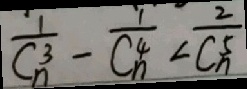
\frac { 1 } { C _ { n } ^ { 3 } } - \frac { 1 } { C _ { n } ^ { 4 } } < \frac { 2 } { C _ { n } ^ { 5 } }